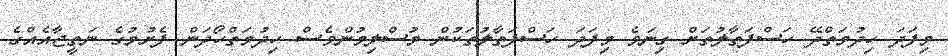
މިފަދަ ހިދުމަތްދޭ ހަސްފަތާލުތަށް ގިނަވެ މިފަދަ ހަސްފަތާލުތަކުން މުސްލިމުންވެސް ހިދުމަތްހޯދަން ފެށުމުގެ ނަތީޖާއެއްގެ